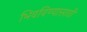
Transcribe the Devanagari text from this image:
भिवविण्यासाठी